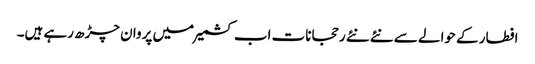
افطار کے حوالے سے نئے نئے رحجانات اب کشمیر میں پروان چڑھ رہے ہیں۔